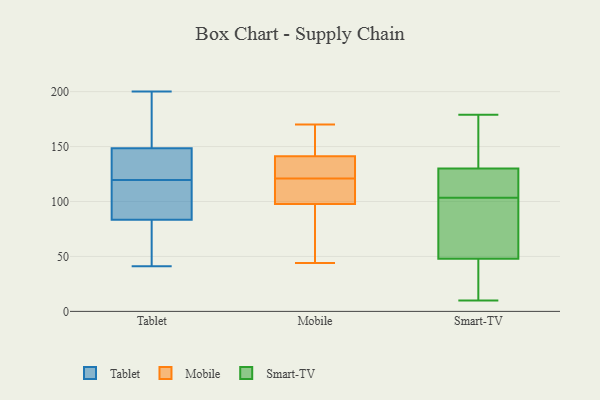
{"axis": {"x": "Demand Index", "y": "Value"}, "legend": ["Mobile", "Smart-TV", "Tablet"], "data": [{"x": "", "y": 156, "type": "Tablet"}, {"x": "", "y": 41, "type": "Tablet"}, {"x": "", "y": 141, "type": "Tablet"}, {"x": "", "y": 117, "type": "Tablet"}, {"x": "", "y": 122, "type": "Tablet"}, {"x": "", "y": 78, "type": "Tablet"}, {"x": "", "y": 114, "type": "Tablet"}, {"x": "", "y": 200, "type": "Tablet"}, {"x": "", "y": 184, "type": "Tablet"}, {"x": "", "y": 89, "type": "Tablet"}, {"x": "", "y": 138, "type": "Tablet"}, {"x": "", "y": 71, "type": "Tablet"}, {"x": "", "y": 150, "type": "Mobile"}, {"x": "", "y": 94, "type": "Mobile"}, {"x": "", "y": 109, "type": "Mobile"}, {"x": "", "y": 120, "type": "Mobile"}, {"x": "", "y": 67, "type": "Mobile"}, {"x": "", "y": 110, "type": "Mobile"}, {"x": "", "y": 65, "type": "Mobile"}, {"x": "", "y": 143, "type": "Mobile"}, {"x": "", "y": 121, "type": "Mobile"}, {"x": "", "y": 136, "type": "Mobile"}, {"x": "", "y": 160, "type": "Mobile"}, {"x": "", "y": 44, "type": "Mobile"}, {"x": "", "y": 125, "type": "Mobile"}, {"x": "", "y": 170, "type": "Mobile"}, {"x": "", "y": 131, "type": "Mobile"}, {"x": "", "y": 113, "type": "Smart-TV"}, {"x": "", "y": 179, "type": "Smart-TV"}, {"x": "", "y": 32, "type": "Smart-TV"}, {"x": "", "y": 19, "type": "Smart-TV"}, {"x": "", "y": 102, "type": "Smart-TV"}, {"x": "", "y": 119, "type": "Smart-TV"}, {"x": "", "y": 48, "type": "Smart-TV"}, {"x": "", "y": 10, "type": "Smart-TV"}, {"x": "", "y": 71, "type": "Smart-TV"}, {"x": "", "y": 130, "type": "Smart-TV"}, {"x": "", "y": 105, "type": "Smart-TV"}, {"x": "", "y": 160, "type": "Smart-TV"}, {"x": "", "y": 151, "type": "Smart-TV"}, {"x": "", "y": 58, "type": "Smart-TV"}]}